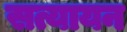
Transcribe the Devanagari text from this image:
सत्यायन